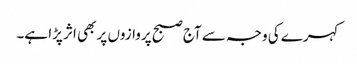
کہرے کی وجہ سے آج صبح پروازوں پر بھی اثر پڑا ہے۔